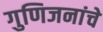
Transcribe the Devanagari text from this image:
गुणिजनांचे